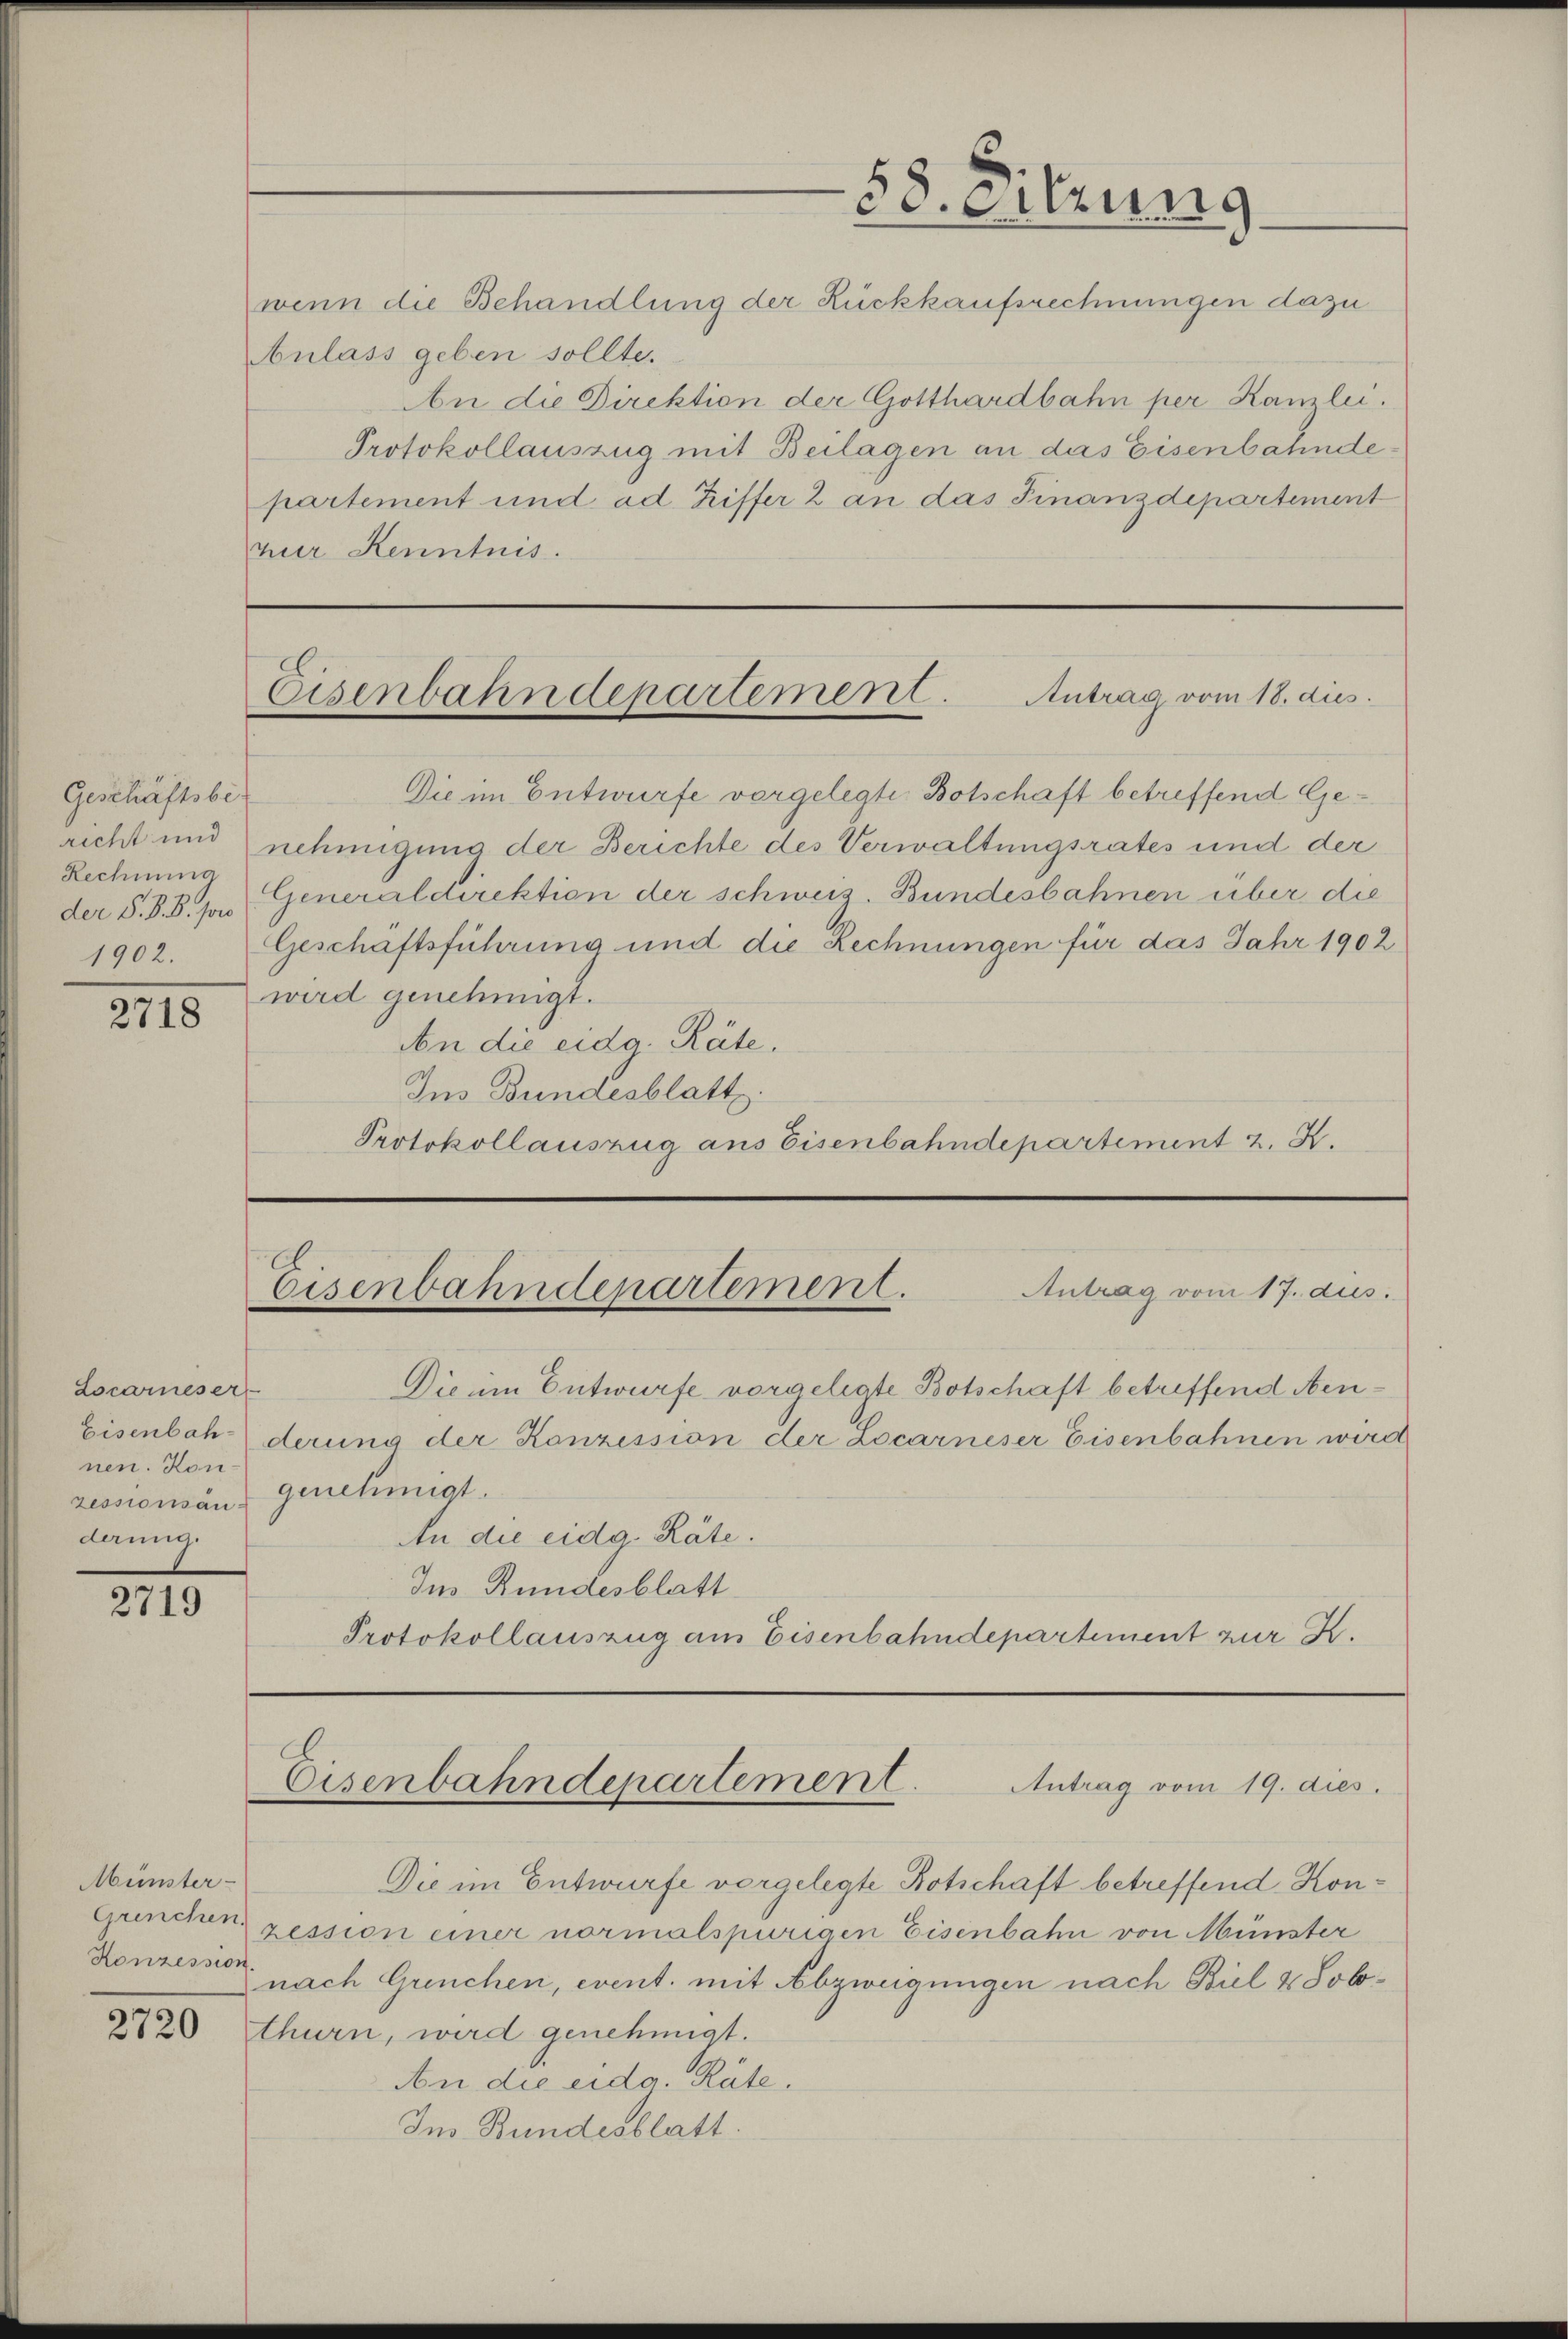
Geschäftsber
richt und
Rechnung
der S. S. B. for

2718

Locarneser
nen. Konzessionsanderung.

245

Münster-
Grenchen.
Konzession

2720

wenn die Behandlung der Rückkaufsrechnungen dazu
ulass geben sollte.
An die Direktion der Gotthardbahn per Kanzlei.
Protokollauszug mit Beilagen an das Eisenbahndepartement und ad Riffer 2 an das Finanzdepartement
zur Kenntnis.

58. Sitzung

Eisenbahndepartement. Antrag vom 18. dies

Die im Entwurfe vergelegte Botschaft betreffend Genehmigung der Berichte des Verwaltungsrates und der
Generaldirektion der schweiz. Bundesbahnen über die
1902. Geschäftsführung und die Rechnungen für das Jahr 1902
wird genehmigt.
An die eidg. Räte.
Ins Bundesblatt.
Protokollauszug aus Eisenbahndepartement 2. X.

Eisenbahndepartement.
Antrag vom 17. dies

Die im Entwurfe vorgelegte Botschaft betreffend Neu¬
Eisenbahderung der Konzession der Locarneser Eisenbahnen wird
genehmigt.
An die eidg. Räte.
Ins Rundesblatt
Protokollauszug am Eisenbahndepartement zur K.

Die im Entwurfe vorgelegte Botschaft betreffend Konzession einer normalspurigen Eisenbahn von Münster
nach Grenchen, event. mit Abzweigungen nach Biel & Sobthurn, wird genehmigt.
An die eidg. Räte.
Ins Bundesblatt.

Eisenbahndepartement. Antrag vom 19. dies